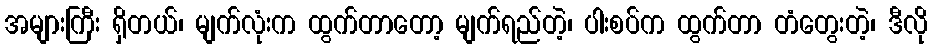
အများကြီး ရှိတယ်၊ မျက်လုံးက ထွက်တာတော့ မျက်ရည်တဲ့၊ ပါးစပ်က ထွက်တာ တံတွေးတဲ့၊ ဒီလို